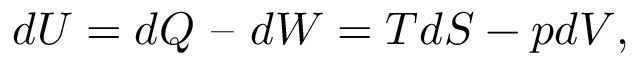
d U = d Q \ – \ d W = T d S - p d V ,